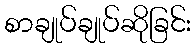
စာချုပ်ချုပ်ဆိုခြင်း